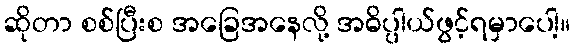
ဆိုတာ စစ်ပြီးစ အခြေအနေလို့ အဓိပ္ပါယ်ဖွင့်ရမှာပေါ့။